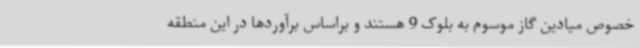
خصوص میادین گاز موسوم به بلوک 9 هستند و براساس برآوردها در این منطقه